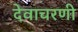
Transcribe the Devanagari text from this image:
देवाचरणी